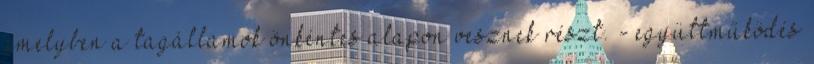
amelyben a tagállamok önkéntes alapon vesznek részt. - együttműködés